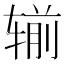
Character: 𮷜